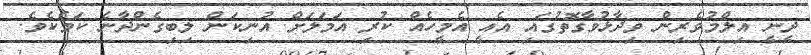
ދީނީ އިލްމުވެރިން ވިދާޅުވާގޮތުގައި އެއީ އެމީހެއް ކުރި އަމަލަށް އުނިކަން ލިބިގެންދާނެ ކަމެކެވެ.